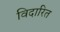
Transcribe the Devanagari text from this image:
विदारित